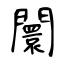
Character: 闤